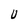
Character: U